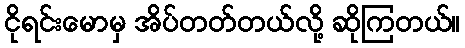
ငိုရင်းမောမှ အိပ်တတ်တယ်လို့ ဆိုကြတယ်။